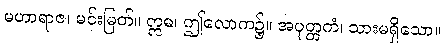
မဟာရာဇ၊ မင်းမြတ်။ ဣဓ၊ ဤလောက၌။ အပုတ္တကံ၊ သားမရှိသော။